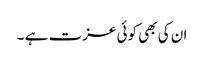
ان کی بھی کوئی عزت ہے ۔